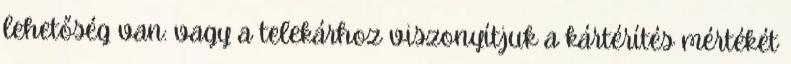
lehetőség van: vagy a telekárhoz viszonyítjuk a kártérítés mértékét